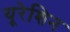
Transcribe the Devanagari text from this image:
यूरेशिन